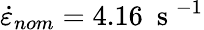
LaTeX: \dot{\varepsilon}_{nom}=4.16~\mathrm{~s~}^{-1}